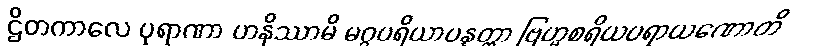
ဌိတကာလေ ပုရာဏာ ဟနိဿာမိ မဂ္ဂပရိယာပန္နတ္တာ ဗြဟ္မစရိယပရာယဏောတိ